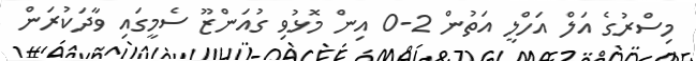
މިސްރުގެ އަލް އަހްލީ އަތުން 2-0 އިން މޮޅުވި ގުއަންޒޫ ސެމީގައި ވާދަކުރަން